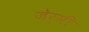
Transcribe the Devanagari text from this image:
जेर्मी